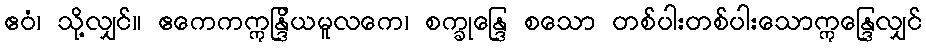
ဧဝံ၊ သို့လျှင်။ ဧကေကဣန္ဒြိယမူလကေ၊ စက္ခုန္ဒြေ စသော တစ်ပါးတစ်ပါးသောဣန္ဒြေလျှင်